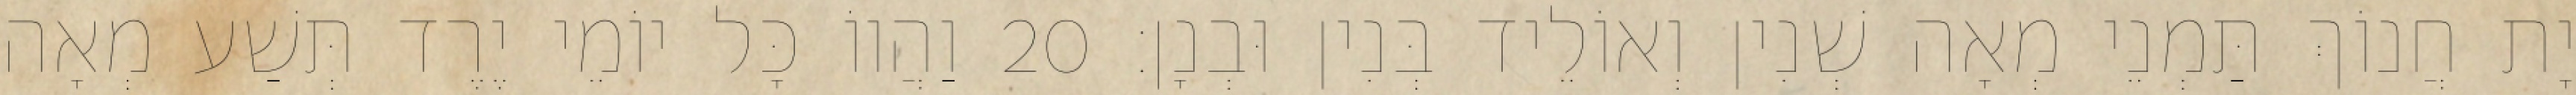
יָת חֲנוֹךְ תַּמְנֵי מְאָה שְׁנִין וְאוֹלֵיד בְּנִין וּבְנָן׃ 20 וַהֲווֹ כָּל יוֹמֵי יֶרֶד תְּשַׁע מְאָה